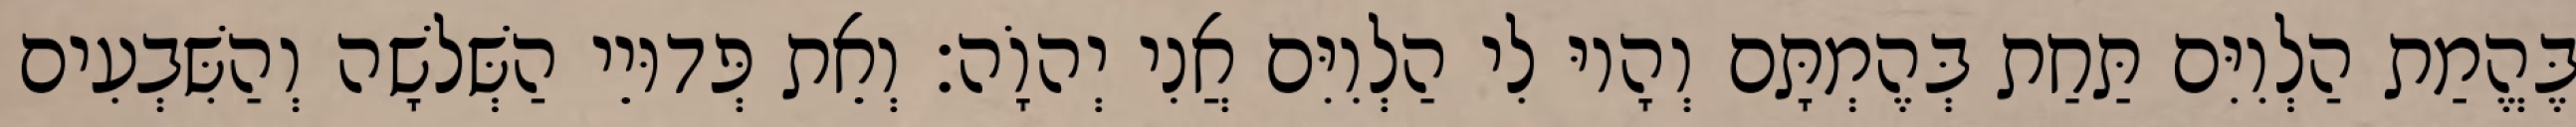
בֶּהֱמַת הַלְוִיִּם תַּחַת בְּהֶמְתָּם וְהָיוּ לִי הַלְוִיִּם אֲנִי יְהוָֹה׃ וְאֵת פְּדוּיֵי הַשְּׁלשָׁה וְהַשִּׁבְעִים